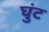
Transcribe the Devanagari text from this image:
घुंट